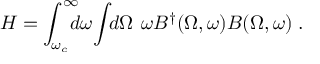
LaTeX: H = \int _ { \omega _ { c } } ^ { \infty } \! \! \! \! d \omega \! \int \! \! d \Omega \: \, \omega B ^ { \dagger } ( \Omega , \omega ) B ( \Omega , \omega ) \; .